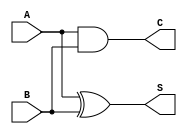
//Half Adder using Data Flow Level
//halfadder1.v

module halfadder1(input A,input B,output S,output C);
assign S = A^B;
assign C = A&B;
endmodule